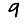
Digit: 9